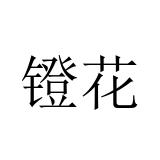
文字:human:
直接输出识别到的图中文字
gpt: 镫花